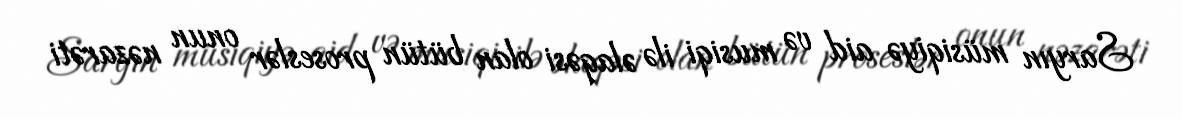
Saryın müsiqiyə aid və musiqi ilə əlaqəsi olan bütün proseslər onun nəzarəti